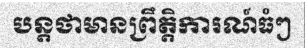
បន្តថាមានព្រឹត្តិការណ៍ធំៗ